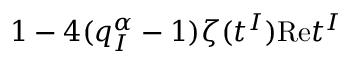
\, 1 - 4 ( q _ { I } ^ { \alpha } - 1 ) \zeta ( t ^ { I } ) \mathrm { R e } t ^ { I } \,